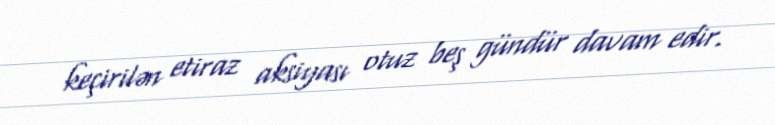
keçirilən etiraz aksiyası otuz beş gündür davam edir.